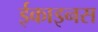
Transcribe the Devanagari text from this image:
ईकाइनस